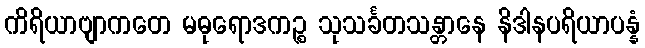
ကိရိယာဗျာကတေ မဓုရောဒကဉ္စ သုသင်္ခတသန္တာနေ နိဒါနပရိယာပန္နံ